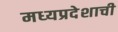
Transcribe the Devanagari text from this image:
मध्‍यप्रदेशाची